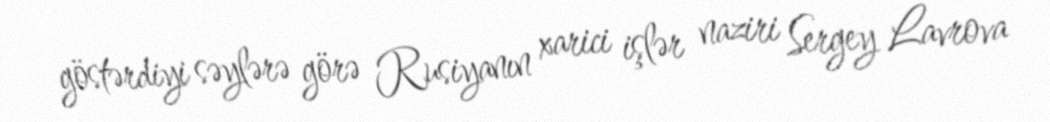
göstərdiyi səylərə görə Rusiyanın xarici işlər naziri Sergey Lavrova